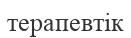
терапевтік